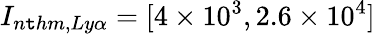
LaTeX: I_{n\mathtt{t}hm,Ly\alpha}=[4\times10^{3},2.6\times10^{4}]